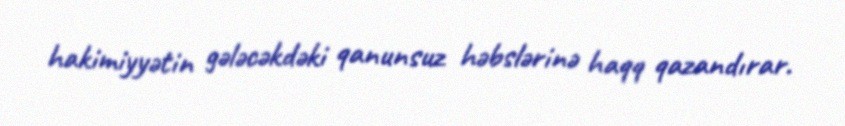
hakimiyyətin gələcəkdəki qanunsuz həbslərinə haqq qazandırar.